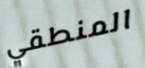
المنطقي